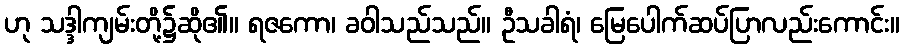
ဟု သဒ္ဒါကျမ်းတို့၌ဆို၏။ ရဇကော၊ ခဝါသည်သည်။ ဦသခါရံ၊ မြေပေါက်ဆပ်ပြာလည်းကောင်း။